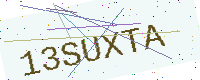
Text: 13SUXTA